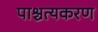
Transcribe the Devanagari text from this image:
पाश्चत्यकरण